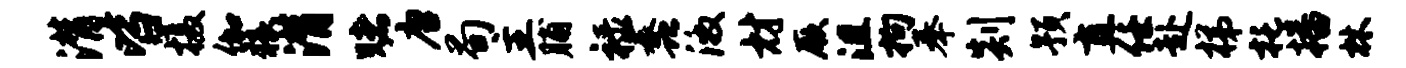
潸皆摄伽猥潸赌唐荀主脯禄蠡激材厥沮拘奉剡预直任赴梯托播林